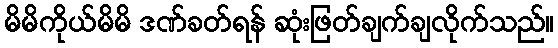
မိမိကိုယ်မိမိ ဒဏ်ခတ်ရန် ဆုံးဖြတ်ချက်ချလိုက်သည်။